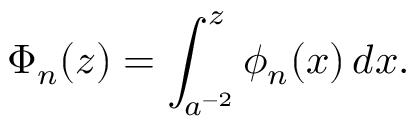
\Phi _ { n } ( z ) = \int _ { a ^ { - 2 } } ^ { z } \phi _ { n } ( x ) \, d x .